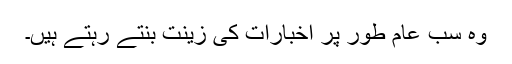
وہ سب عام طور پر اخبارات کی زینت بنتے رہتے ہیں۔